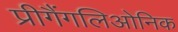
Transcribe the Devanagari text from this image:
प्रीगैंगलिओनिक